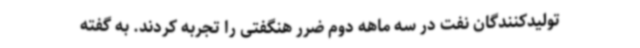
تولیدکنندگان نفت در سه ماهه دوم ضرر هنگفتی را تجربه کردند. به گفته